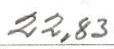
22,83